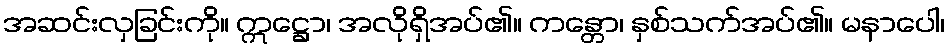
အဆင်းလှခြင်းကို။ ဣဋ္ဌော၊ အလိုရှိအပ်၏။ ကန္တော၊ နှစ်သက်အပ်၏။ မနာပေါ၊